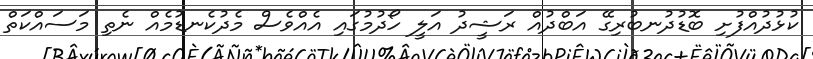
ކުޅުދުއްފުށި ބޮޑުދުނބުރިގޭ އަބްދުއް ރަޝީދު އަލީ ހޯދުމުގައި އެއްވެސް މެދުކެނޑުމެއް ނެތި މަސައްކަތް